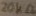
Text: 20KΩ